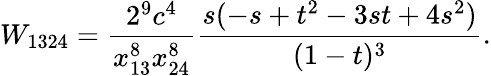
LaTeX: W_{1324}=\frac{2^{9}c^{4}}{x_{13}^{8}x_{24}^{8}}\frac{s(-s+t^{2}-3st+4s^{2})}{(1-t)^{3}}.